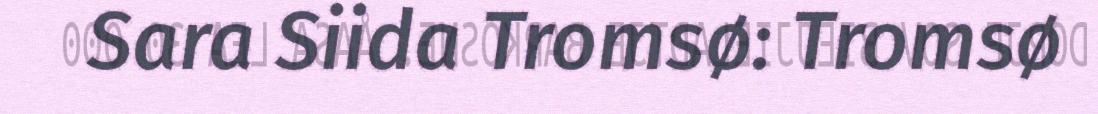
Sara Siida Tromsø: Tromsø